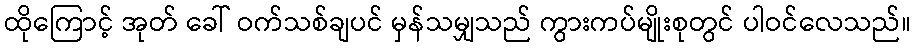
ထိုကြောင့် အုတ် ခေါ် ဝက်သစ်ချပင် မှန်သမျှသည် ကွားကပ်မျိုးစုတွင် ပါဝင်လေသည်။